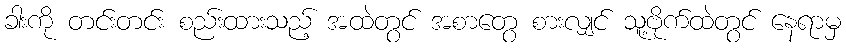
ခါးကို တင်းတင်း စည်းထားသည့် အထဲတွင် အစာတွေ စားလျှင် သူ့ဗိုက်ထဲတွင် နေရာမှ